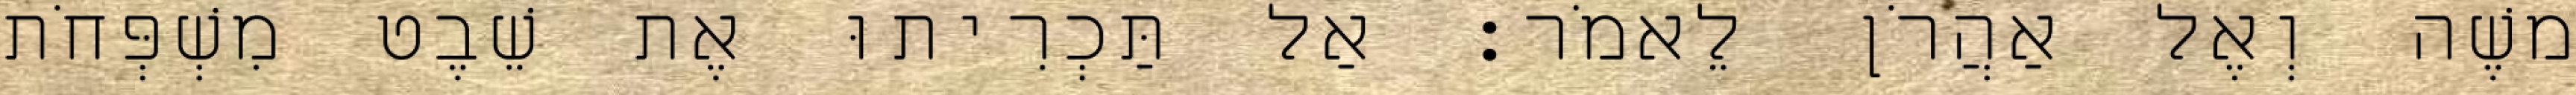
משֶׁה וְאֶל אַהֲרֹן לֵאמֹר׃ אַל תַּכְרִיתוּ אֶת שֵׁבֶט מִשְׁפְּחֹת